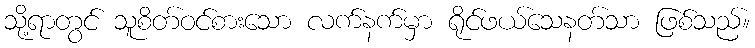
သို့ရာတွင် သူစိတ်ဝင်စားသော လက်နက်မှာ ရိုင်ဖယ်သေနတ်သာ ဖြစ်သည်။